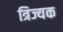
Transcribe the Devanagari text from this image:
त्रिज्यक